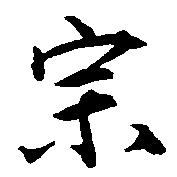
宗